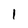
Character: l